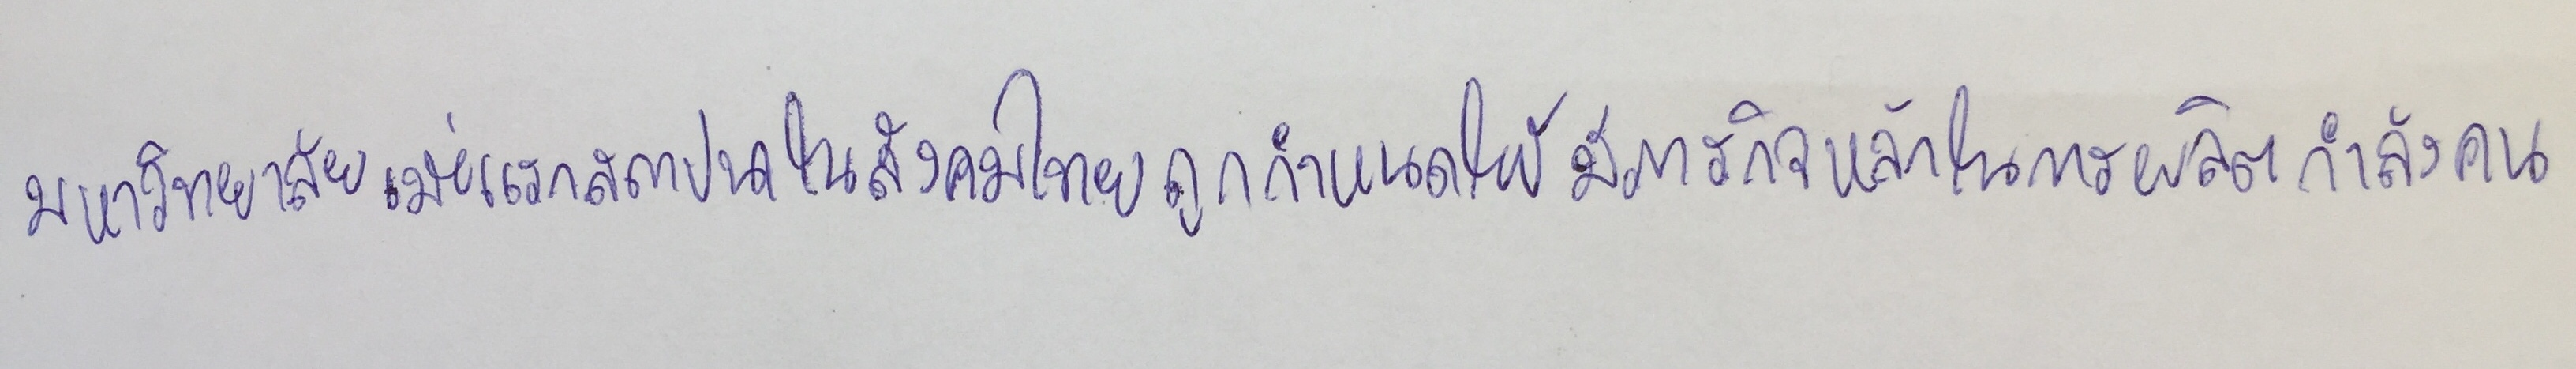
มหาวิทยาลัยเมื่อแรกสถาปนาในสังคมไทยถูกกำหนดให้มีภารกิจหลักในการผลิตกำลังคน